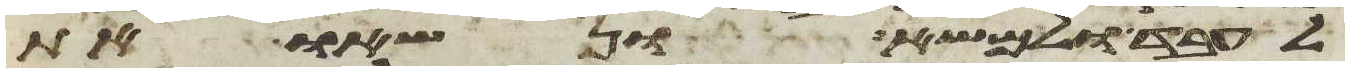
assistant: לעבד ולמשא ונשאו את